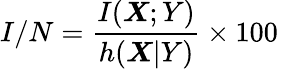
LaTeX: I/N=\frac{I(\boldsymbol{X};Y)}{h(\boldsymbol{X}|Y)}\times 100\